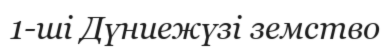
1-ші Дүниежүзі земство